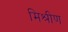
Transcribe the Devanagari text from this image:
मिश्रीण